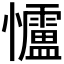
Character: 𪭃